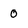
Character: 0